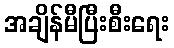
အချိန်မီပြီးစီးရေး